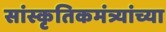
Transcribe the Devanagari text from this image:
सांस्कृतिकमंत्र्यांच्या